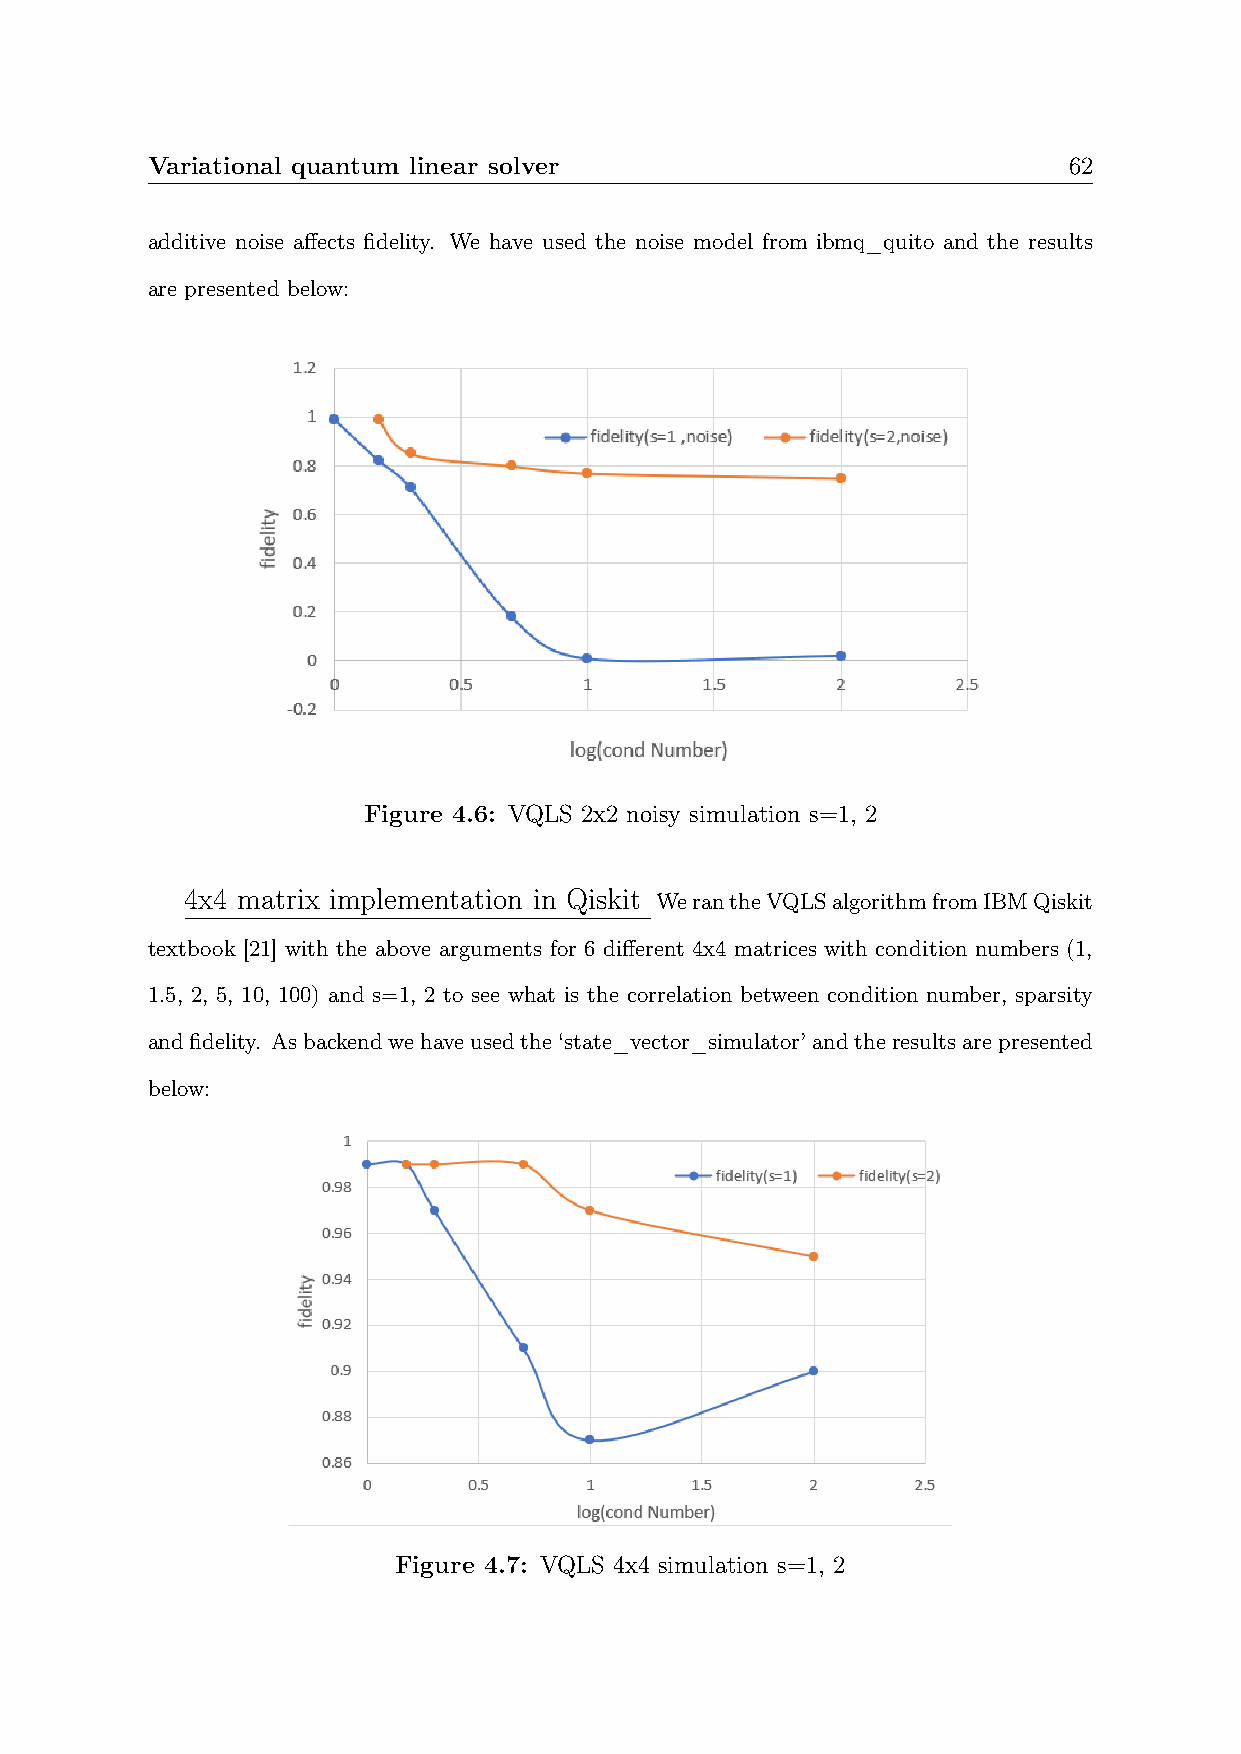
Variational quantum linear solver                            62
 additive noise affects fidelity. We have used the noise model from ibmq_quito and the results
 are presented below:
 Figure 4.6: VQLS 2x2 noisy simulation s=1, 2
 4x4 matrix implementation in Qiskit WerantheVQLSalgorithmfromIBMQiskit
 textbook [21] with the above arguments for 6 different 4x4 matrices with condition numbers (1,
 1.5, 2, 5, 10, 100) and s=1, 2 to see what is the correlation between condition number, sparsity
 andfidelity. Asbackendwehaveusedthe‘state_vector_simulator’andtheresultsarepresented
 below:
 Figure 4.7: VQLS 4x4 simulation s=1, 2